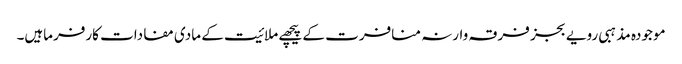
موجودہ مذہبی رویے بجز فرقہ وارنہ منافرت کے پیچھے ملائیت کے مادی مفادات کارفرماہیں۔